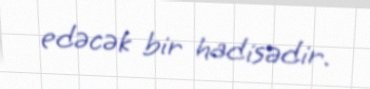
edəcək bir hadisədir.